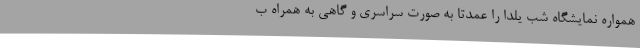
همواره نمایشگاه شب یلدا را عمدتا به صورت سراسری و گاهی به همراه ب